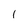
Character: l